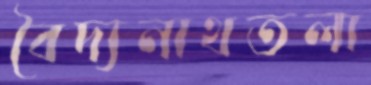
বৈদ্যনাথতলা